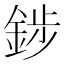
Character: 䤮